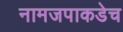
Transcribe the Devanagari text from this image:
नामजपाकडेच